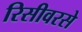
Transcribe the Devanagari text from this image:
रिसीवरसे